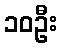
၁၀ဦး